Annual report of the Bengal Veterinary College and of the Civil Veterinary Department, Bengal, for the year 1912-1913 - 1912-1913
Year: 1912
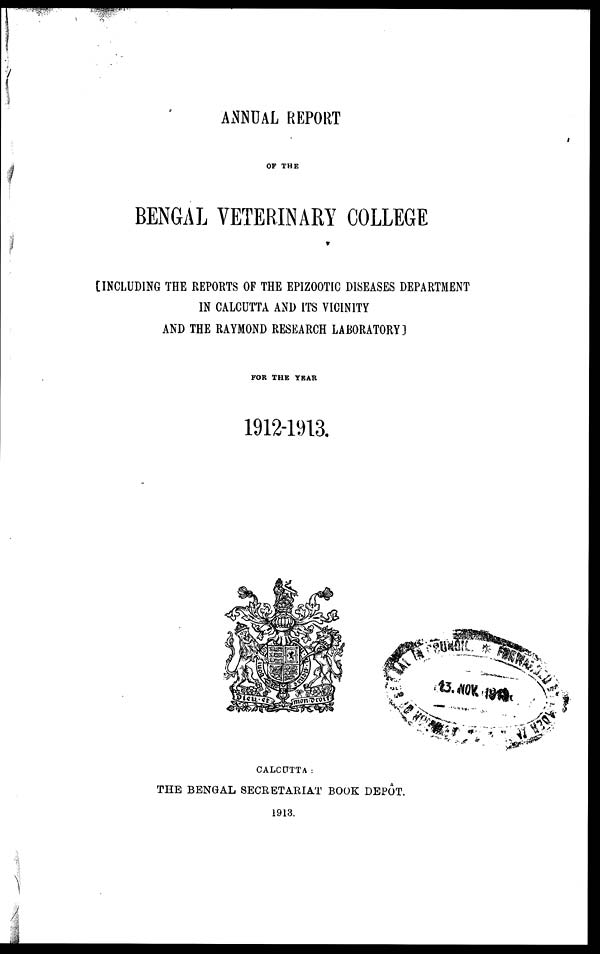
ANNUAL REPORT
OF THE
BENGAL VETERINARY COLLEGE
[INCLUDING THE REPORTS OF THE EPIZOOTIC DISEASES DEPARTMENT
IN CALCUTTA AND ITS VICINITY
AND THE RAYMOND RESEARCH LABORATORY]
FOR THE YEAR
1912-1913.
CALCUTTA:
THE BENGAL SECRETARIAT BOOK DEPOT.
1913.